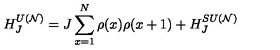
H _ { J } ^ { U ( { \cal N } ) } = J \sum _ { x = 1 } ^ { N } \rho ( x ) \rho ( x + 1 ) + H _ { J } ^ { S U ( { \cal N } ) }